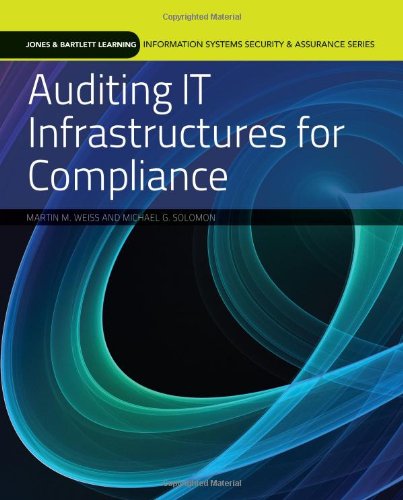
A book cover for Auditing IT Infrastructures For Compliance (Information Systems Security & Assurance); Martin Weiss; Business & Money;